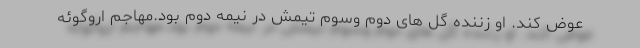
عوض کند. او زننده گل های دوم وسوم تیمش در نیمه دوم بود.مهاجم اروگوئه